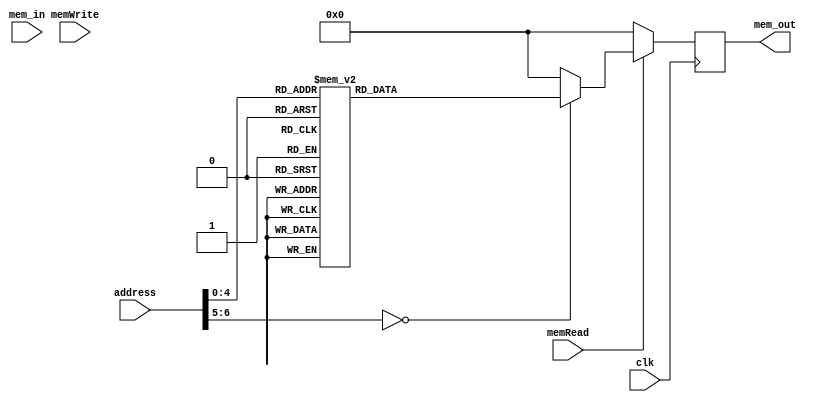
module data_mem (
	clk,
	memRead,
	memWrite,
	address,
	mem_in,
	mem_out
	);

input  clk, memRead, memWrite;
input [6:0] address;
input [31:0] mem_in;
output [31:0] mem_out;

reg [31:0] mem_out;

always @ (posedge clk)
begin
	mem_out = 32'b00000000000000000000000000000000;
	if (memRead) begin
		case (address)
			7'b0000000 : mem_out = 32'b00000000000000000000000000001010;
			7'b0000100 : mem_out = 32'b11111111111111111111111111010001;
			7'b0001000 : mem_out = 32'b00000000000000000000000000010110;
			7'b0001100 : mem_out = 32'b11111111111111111111111111111101;
			7'b0010000 : mem_out = 32'b00000000000000000000000000001111;
			7'b0010100 : mem_out = 32'b00000000000000000000000000011011;
			7'b0011000 : mem_out = 32'b11111111111111111111111111111100;
			7'b0011100 : mem_out = 32'b00000000000000000000000000000000;
		endcase
	end
end

endmodule